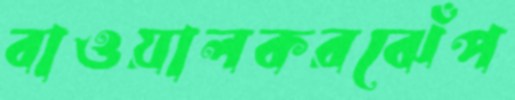
বাওয়ালকরঝেঁপ